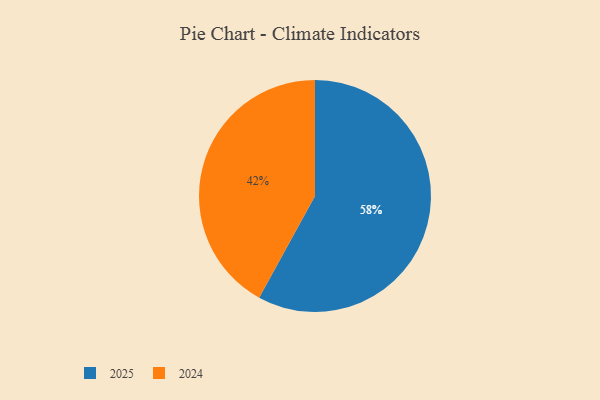
{"axis": {"x": "Category", "y": "Percentage"}, "legend": ["2024", "2025"], "data": [{"x": "2024", "y": 42, "type": "2024"}, {"x": "2025", "y": 58, "type": "2025"}]}